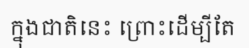
ក្នុងជាតិនេះ ព្រោះដើម្បីតែ